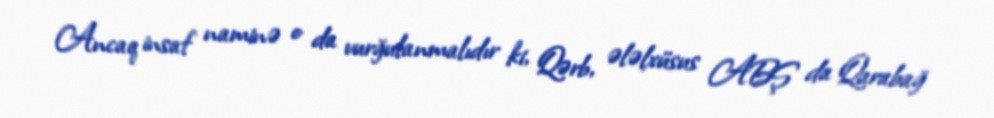
Ancaq insaf naminə o da vurğulanmalıdır ki, Qərb, ələlxüsus ABŞ da Qarabağ